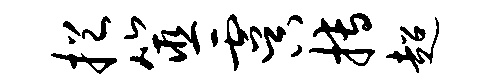
挹筮虞搏超